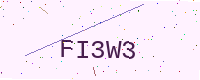
Text: FI3W3